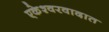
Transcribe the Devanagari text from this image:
एकेश्वरवादात